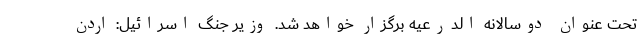
تحت عنوان دوسالانه الدرعیه برگزار خواهد شد. وزیر جنگ اسرائیل: اردن